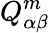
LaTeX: Q_{\alpha\beta}^{m}